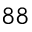
^ { 8 8 }